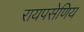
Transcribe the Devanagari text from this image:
रायपसेणिय